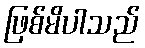
ဖြစ်မိပါသည်